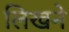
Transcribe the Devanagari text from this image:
लिखने